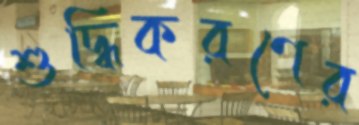
শুদ্ধিকরণের